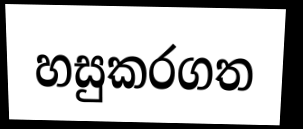
හසුකරගත